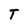
Character: T